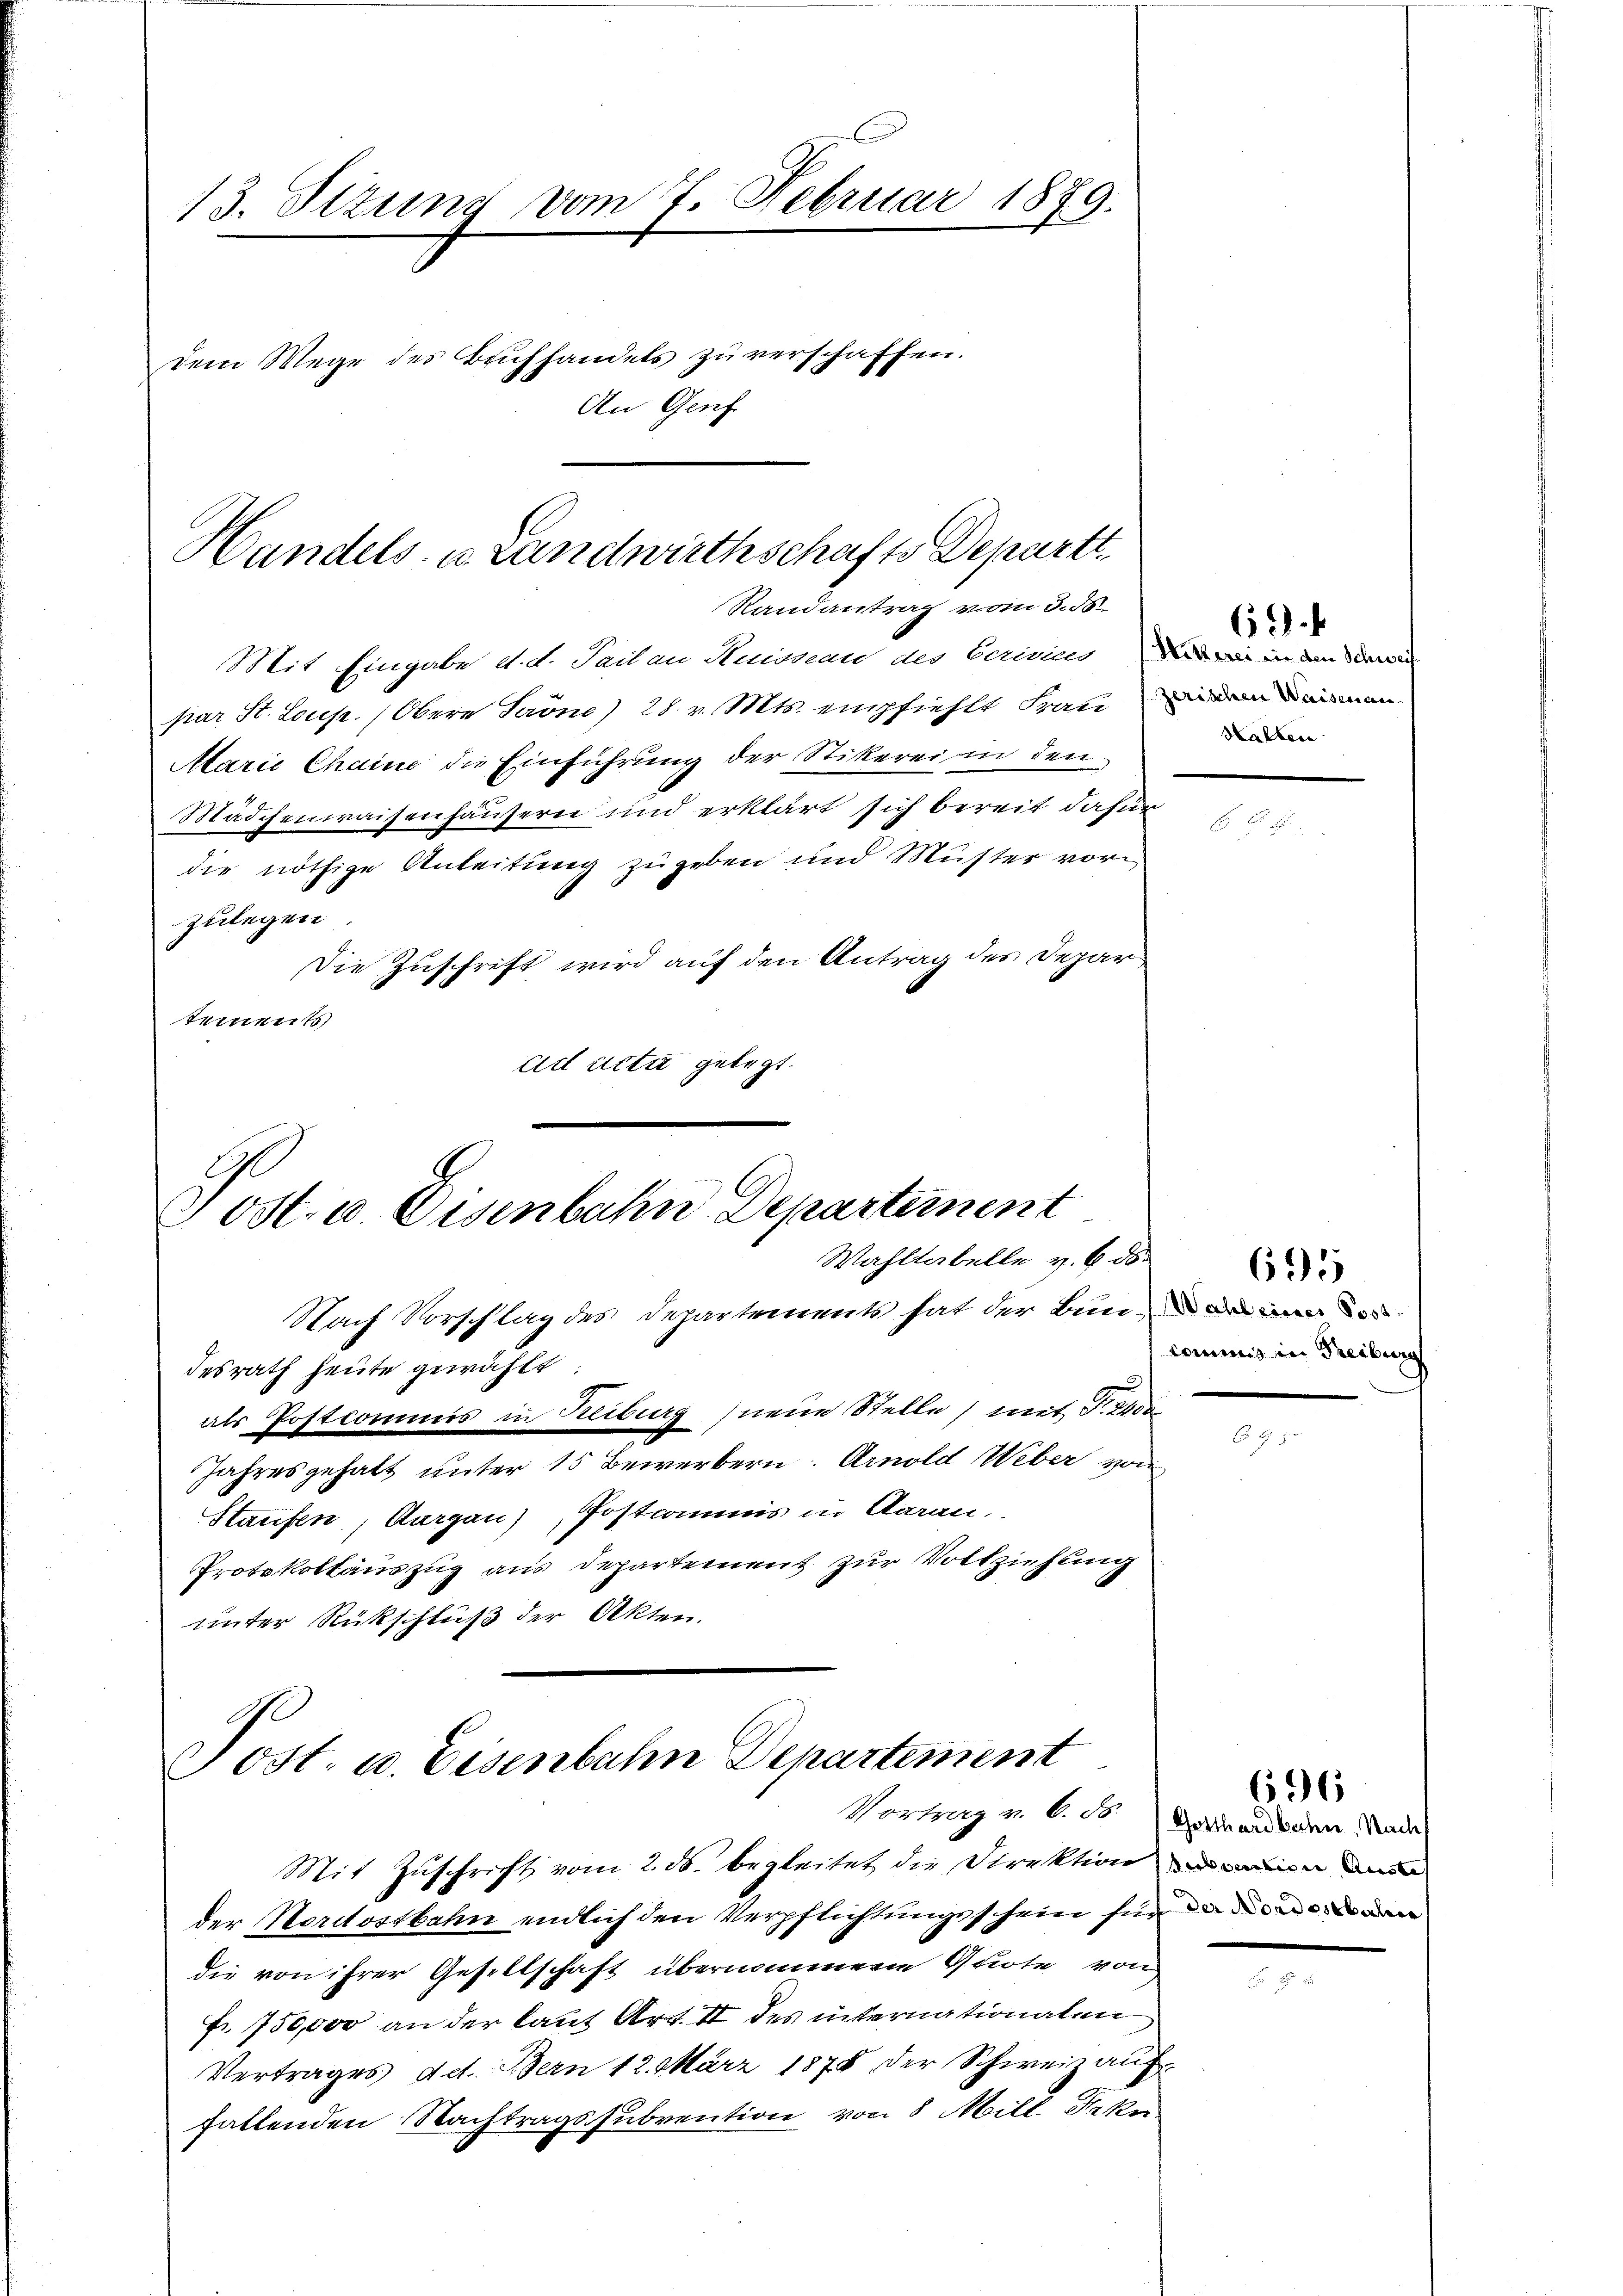
13. Titung vom 7. Februar 1879.
dem Wege des Buchhandels zu verschaffen.
An Genf.

Handels u. Landwirthschafts Departt

Randantrag vom 3. 55.
Mit Eingabe d. d. Sail an Stuivan des berinien in den ei
par St. Loup. (Obere Saöne) 28. v. Mts. empfiehlt Frau den nieman
Marii Chaine die Einführung der Stikerei in den
Mädchenwaisenhäusern und erklärt sich bereit dafür
die nöthige Anleitung zugeben und Müster vor
zulegen.
Die Zuschrift wird auf den Antrag des Departements
ad acti gelegt.

Post. u. Eisenbahn Departement
Wahltabelle v. 6. ds.

Post. u. Eisenbahn Departement
Vortrag v. 6. d. Gotthardbahn. Nachs
Mit Zuschricht vom 2. ds. begleitet die Direktion in d

Nach Vorschlag des Departements hat der Bunde
desrath heute gewählt:
als Postcommis in Keiburg neue Stelle) mit T. 2000
Jahresgehalt unter 15 Bewerbern. Arnold Weber von
Staufen, Aargau), Postcommis in Aarau
Protokollauszug aus Departement zur Vollziehung
unter Rückschluß der Akten.
t

Halten

der Nordostbahn endlich den Verpflichtungsschein für den
die von ihrer Gesellschaft übernommene Quote von
Fr. 750,000 an der laut Art. II des internationalen
Vertrages Act. Bern 12. März 1878 der Schweiz auf
fallenden Nachtragssubvention von 8 Mill. Frkn

69).

commis in Freiburg

695

696